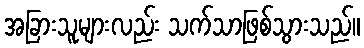
အခြားသူများလည်း သက်သာဖြစ်သွားသည်။